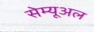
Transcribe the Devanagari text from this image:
सेम्यूअल